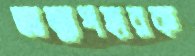
আত্মাপহারক